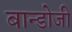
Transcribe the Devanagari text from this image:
बान्डोजी